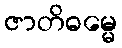
ဇာတိဓမ္မေ